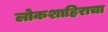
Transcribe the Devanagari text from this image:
लोकशाहिराचा